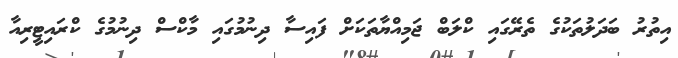
އިތުރު ބަދަލުތަކުގެ ތެރޭގައި ކްލަބް ޖަމިއްޔާތަކަށް ފައިސާ ދިނުމުގައި މާކްސް ދިނުމުގެ ކްރައިޓީރިއާ